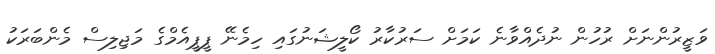
ވަޒީރުންނަށް ރުހުން ނުދެއްވާނެ ކަމަށް ސަރުކާރު ކޯލީޝަނުގައި ހިމެނޭ ޕީޕީއެމްގެ މަޖިލިސް މެންބަރަކު